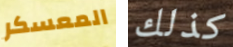
المعسكر كذلك